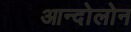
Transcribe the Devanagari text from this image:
आन्दोलोन